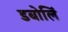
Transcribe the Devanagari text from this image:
डबोलिं